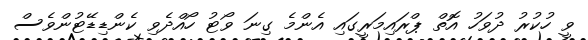
ވީ ހުކުރު ދުވަހު އޮތް ޕްރައިމަރީގައި އެންމެ ގިނަ ވޯޓު ހޯއްދެވި ކެންޑިޑޭޓުންވެސް